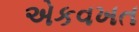
એકવખત